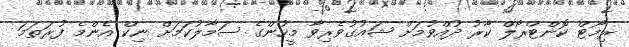
ރިމޯޓް ކޮންޓްރޯލް ކާރު ދުއްވުމަށް ޝައުގުވެރިވާ މީީހުންގެ ސަމާލުކަމަށް ނިކް އެންމެ ފުރަތަމަ